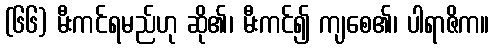
(၆၆) မီးကင်ရမည်ဟု ဆို၏၊ မီးကင်၍ ကျစေ၏၊ ပါရာဇိက။